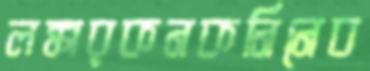
লঙ্কারকনকনিনেব